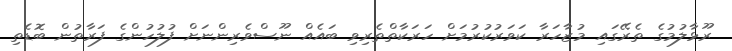
ރޫޅާލުމުގެ ތެރޭގައި މުޒާހަރާ ކަވަރުކުރުމަށް ހަރަކާތްތެރިވި ބައެއް ނޫސްވެރިންނަށް ފުލުހުންގެ ފަރާތުން ބޮޑެތި